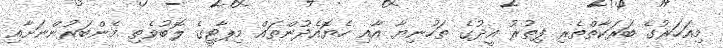
މިއަހަރުގެ ބަރަކާތްތެރި ފިތުރު އީދުގެ ތަހުނިޔާ އާއި ހެޔޮއެދުންތައް މިޕާޓީގެ ލޮބުވެތި މެންބަރުންނަށާއި